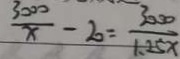
\frac { 3 0 0 0 } { x } - 2 0 = \frac { 3 0 0 0 } { 1 . 2 5 x }